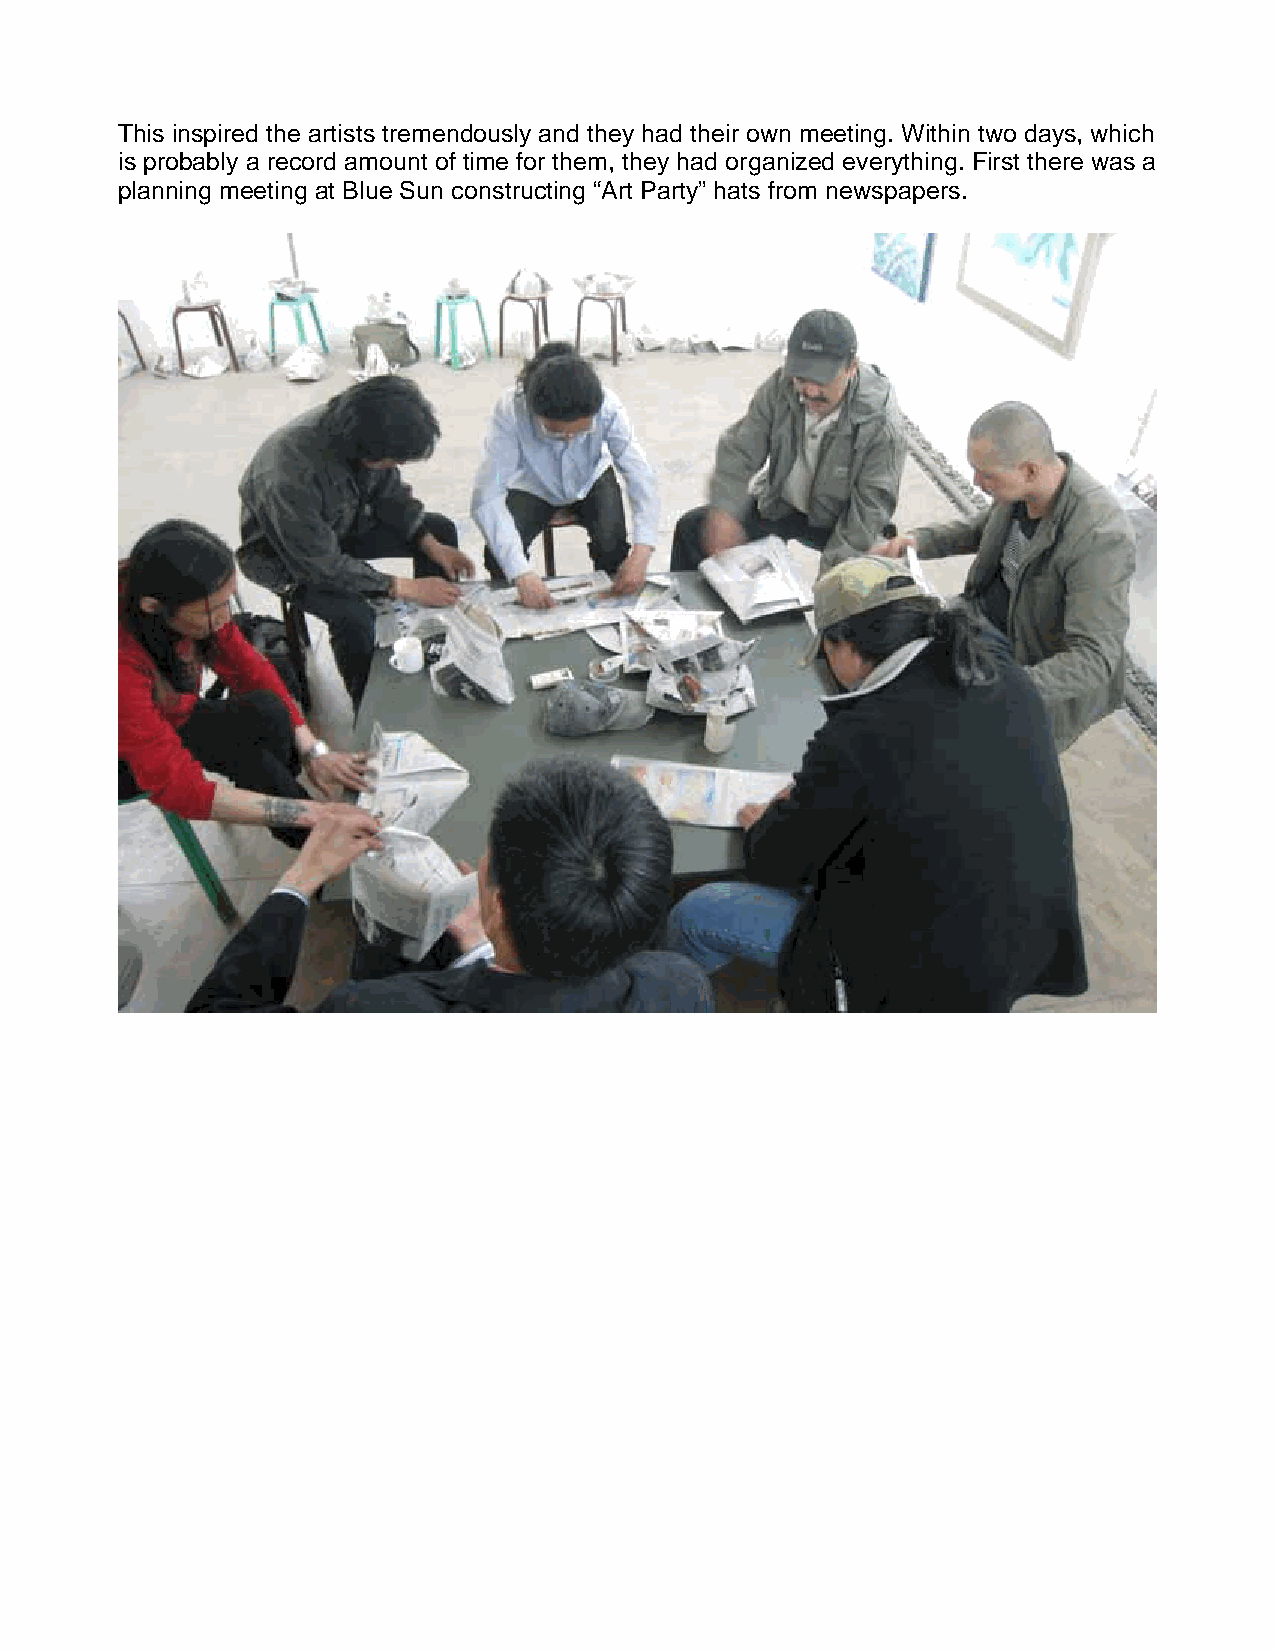
This inspired the artists tremendously and they had their own meeting. Within two days, which
 is probably a record amount of time for them, they had organized everything. First there was a
 planning meeting at Blue Sun constructing “Art Party” hats from newspapers.